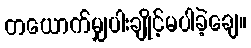
တယောက်မျှပါးချိုင့်မပါခဲ့ချေ။